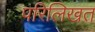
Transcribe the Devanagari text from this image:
परिलिखत